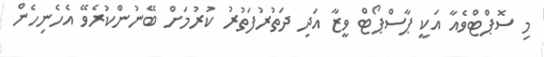
މި ސޮޕްޓްވެއާ އަކީ ޕާސްޕޯޓް ވީޒާ އަދި ދަތުރުފަތުރު ކުރުމަށް ބޭނުންކުރެވޭ އެހެނިހެން